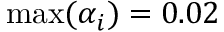
\operatorname* { m a x } ( \alpha _ { i } ) = 0 . 0 2